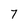
Character: 7